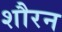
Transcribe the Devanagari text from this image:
शौरन